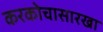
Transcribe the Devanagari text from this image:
करकोचासारखा